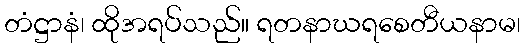
တံဋ္ဌာနံ၊ ထိုအရပ်သည်။ ရတနာဃရစေတီယနာမ၊